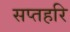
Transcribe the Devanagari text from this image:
सप्तहरि